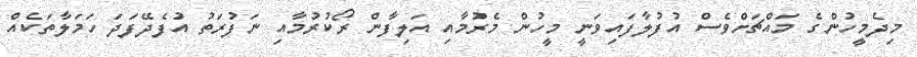
މިދެމީހުންގެ މައްޗަށްވެސް އުފުލާފައިވަނީ މީހުން މެރުމާއި އަލިފާން ރޯކުރުމާއި ނަފުރަތު އުފެދޭފަދަ ހަމަލާތަކެއް